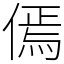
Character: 傿